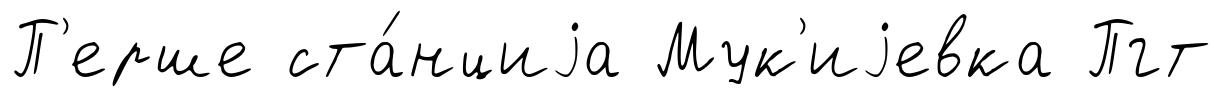
П'ерше ста́нциjа Мук'иjевка Пгт